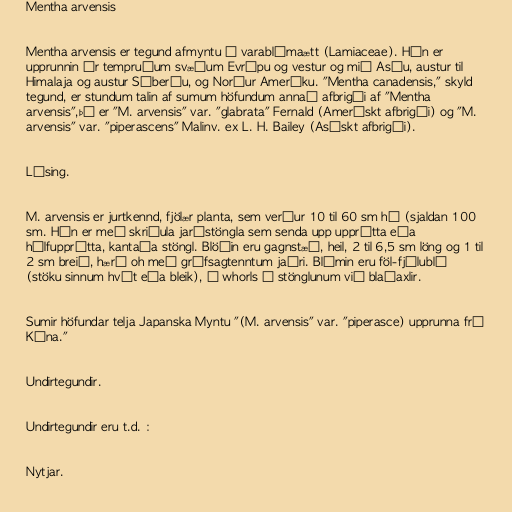
Mentha arvensis

Mentha arvensis er tegund afmyntu í varablómaætt (Lamiaceae). Hún er
upprunnin úr tempruðum svæðum Evrópu og vestur og mið Asíu, austur til
Himalaja og austur Síberíu, og Norður Ameríku. "Mentha canadensis," skyld
tegund, er stundum talin af sumum höfundum annað afbrigði af "Mentha
arvensis",þá er "M. arvensis" var. "glabrata" Fernald (Amerískt afbrigði) og "M.
arvensis" var. "piperascens" Malinv. ex L. H. Bailey (Asískt afbrigði).

Lýsing.

M. arvensis er jurtkennd, fjölær planta, sem verður 10 til 60 sm há (sjaldan 100
sm. Hún er með skriðula jarðstöngla sem senda upp upprétta eða
hálfupprétta, kantaða stöngl. Blöðin eru gagnstæð, heil, 2 til 6,5 sm löng og 1 til
2 sm breið, hærð oh með grófsagtenntum jaðri. Blómin eru föl-fjólublá
(stöku sinnum hvít eða bleik), í whorls á stönglunum við blaðaxlir.

Sumir höfundar telja Japanska Myntu "(M. arvensis" var. "piperasce) upprunna frá
Kína."

Undirtegundir.

Undirtegundir eru t.d. :

Nytjar.